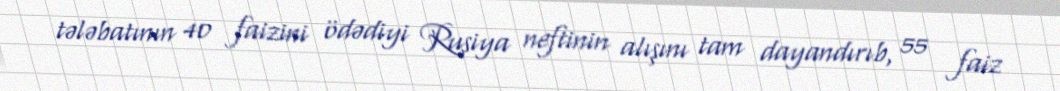
tələbatının 40 faizini ödədiyi Rusiya neftinin alışını tam dayandırıb, 55 faiz